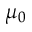
\mu _ { 0 }